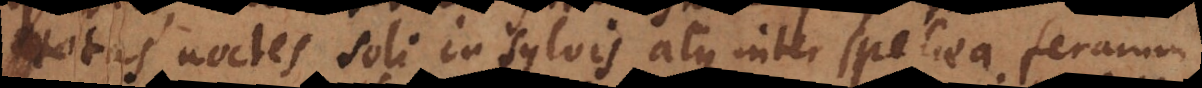
totas noctes soli in sylvis atque inter spelaea ferarum